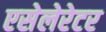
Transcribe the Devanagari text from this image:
एसेलेरेटर